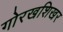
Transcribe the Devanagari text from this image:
गोरखशिखर